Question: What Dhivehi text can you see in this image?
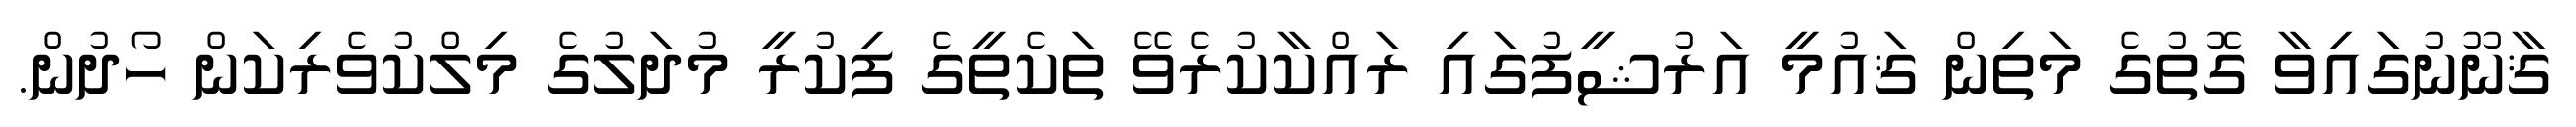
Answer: ޤާނޫނުގައިވާ ގޮތުގެ މަތިން ޤައުމީ އަރުޝީފުގައި ރައްކާކުރެވޭ ތަކެތީގެ ފިކުރީ މުދަލުގެ މިލްކުވެރިކަން ހޯދުން.